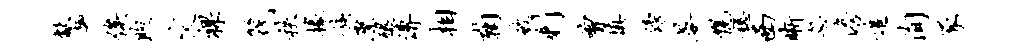
献趣俟煦文裸筏秩掾族縻醍傅相鞠破剩曾填傍晏幌稳西晰忽澹追洵豕